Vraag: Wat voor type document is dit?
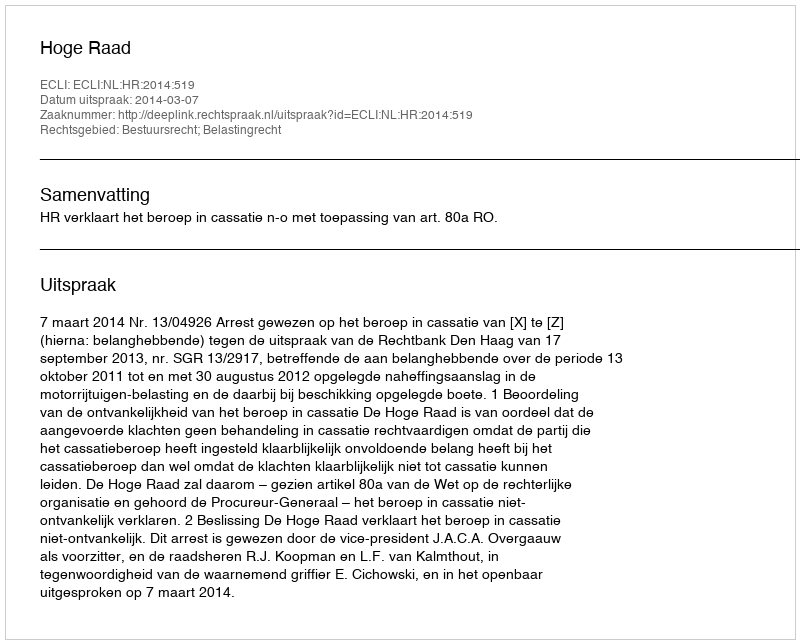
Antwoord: Uitspraak